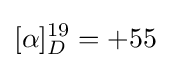
[\alpha ]_{D}^{19}=+55